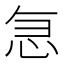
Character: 𭜣